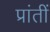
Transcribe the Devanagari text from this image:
प्रांतीं